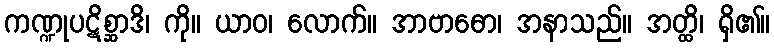
ကဏ္ဍုပဋိစ္ဆာဒိ၊ ကို။ ယာဝ၊ လောက်။ အာဗာဓော၊ အနာသည်။ အတ္ထိ၊ ရှိ၏။